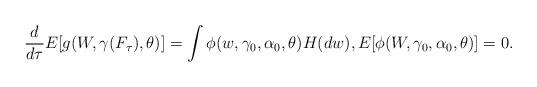
LaTeX: \begin{align*}\frac{d}{d\tau}E[g(W,\gamma(F_{\tau}),\theta)]=\int\phi(w,\gamma_{0},\alpha_{0},\theta)H(dw),E[\phi(W,\gamma_{0},\alpha_{0},\theta)]=0. \end{align*}